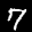
Label: 7